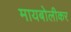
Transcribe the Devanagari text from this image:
मायबोलीकर